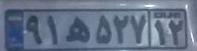
۹۱ه۵۲۷۱۲